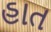
હાત